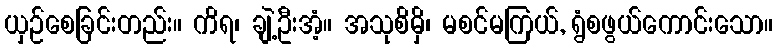
ယှဉ်စေခြင်းတည်း။ ကိရ၊ ချဲ့ဦးအံ့။ အသုစိမှိ၊ မစင်မကြယ်, ရွံစဖွယ်ကောင်းသော။